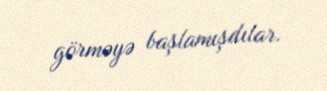
görməyə başlamışdılar.